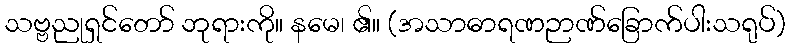
သဗ္ဗညုရှင်တော် ဘုရားကို။ နမေ၊ ၏။ (အသာဓာရဏဉာဏ်ခြောက်ပါးသရုပ်)